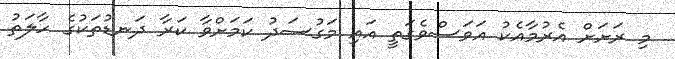
މި ރަށަށް އެރުމާއެކު އަވަސްވެގަތީ އައި މަގުސަދު ކަމަށްވާ ކަރާ ދަނޑުތަކުގެ ހާލަތު